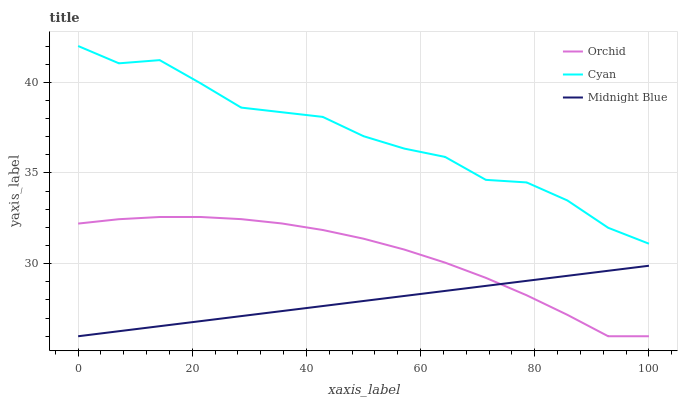
| xaxis_label | Orchid | Cyan | Midnight Blue |
 | --- | --- | --- | --- |
 | 0 | 32.2 | 42 | 26 |
 | 7.14 | 32.5 | 41 | 26.3 |
 | 14.3 | 32.6 | 41.2 | 26.6 |
 | 21.4 | 32.6 | 39.9 | 26.8 |
 | 28.6 | 32.5 | 38.6 | 27.1 |
 | 35.7 | 32.2 | 38.3 | 27.4 |
 | 42.9 | 31.9 | 38.1 | 27.7 |
 | 50 | 31.4 | 37 | 27.9 |
 | 57.1 | 30.8 | 36.3 | 28.2 |
 | 64.3 | 30.1 | 35.9 | 28.5 |
 | 71.4 | 29.2 | 34.6 | 28.8 |
 | 78.6 | 28.3 | 34.5 | 29.1 |
 | 85.7 | 27.2 | 33.5 | 29.3 |
 | 92.9 | 26 | 32 | 29.6 |
 | 100 | 26 | 31.1 | 29.9 |